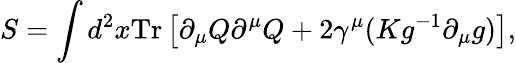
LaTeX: S=\int d^{2}x\mathrm{Tr}\left[\partial_{\mu}Q\partial^{\mu}Q+2\gamma^{\mu}(Kg^{-1}\partial_{\mu}g)\right],